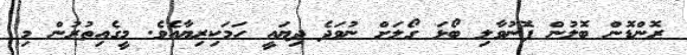
ރޮންޑޮން ބޮލުން ފޮނުވާލި ބޯޅަ ގޯލަށް ނުވަދެ ދިޔައީ ހަމަކިރިޔާއެވެ. މީގެއިތުރުން މި